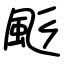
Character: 颩